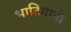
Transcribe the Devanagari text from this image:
भाटियानी